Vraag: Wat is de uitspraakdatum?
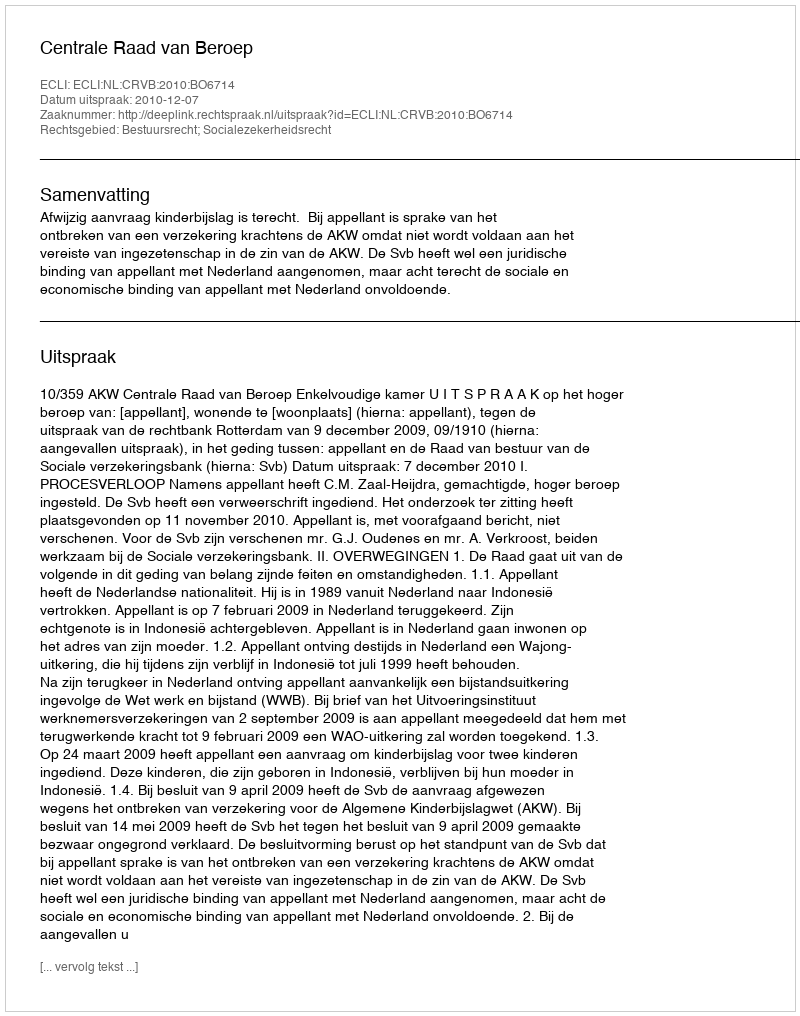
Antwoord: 2010-12-07